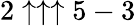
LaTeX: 2\uparrow\uparrow\uparrow 5-3